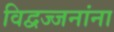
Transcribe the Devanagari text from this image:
विद्वज्जनांना